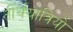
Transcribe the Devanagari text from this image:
तीर्थयात्रियो